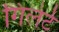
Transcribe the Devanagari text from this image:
गिलेर्ट